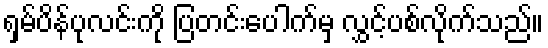
ရှမ်ပိန်ပုလင်းကို ပြတင်းပေါက်မှ လွှင့်ပစ်လိုက်သည်။